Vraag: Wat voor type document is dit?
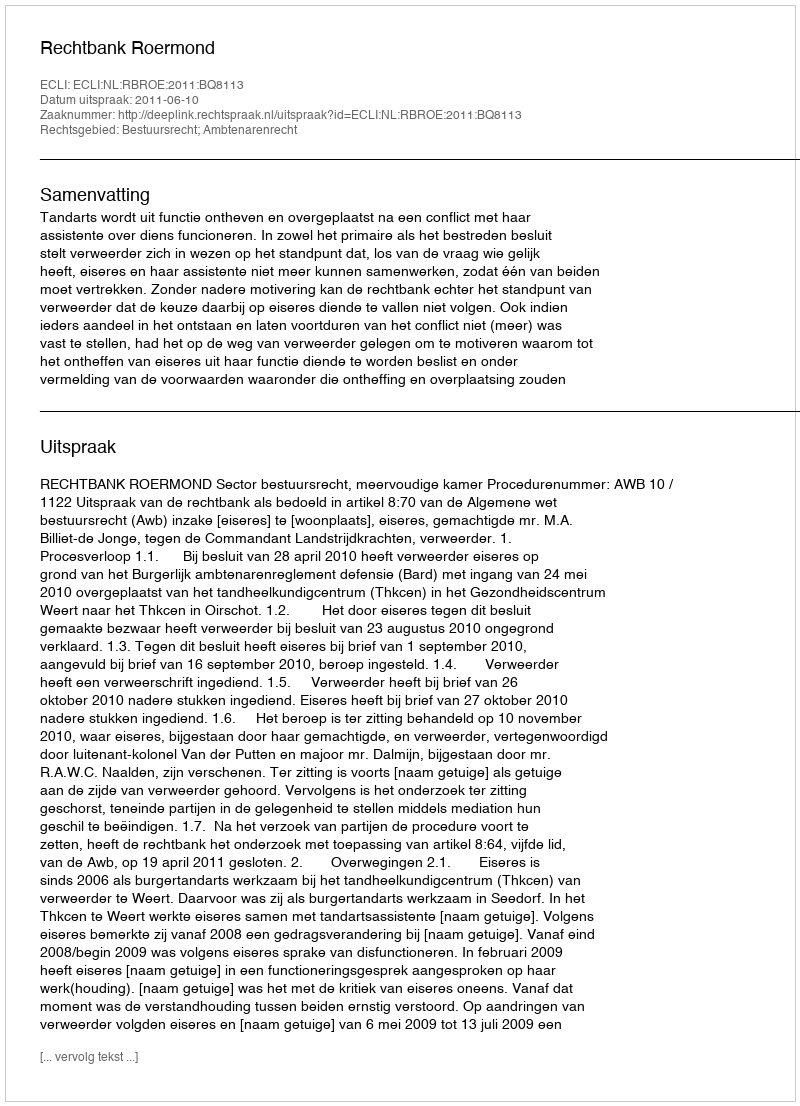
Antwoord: Uitspraak